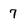
Character: 7